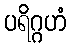
ပရိဂ္ဂဟံ